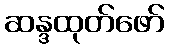
ဆန္ဒထုတ်ဖော်